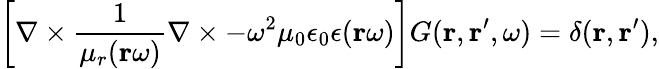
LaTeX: \left[\nabla\times\frac{1}{\mu_{r}(\mathbf{r}\omega)}\nabla\times-\omega^{2}\mu_{0}\epsilon_{0}\epsilon(\mathbf{r}\omega)\right]G(\mathbf{r},\mathbf{r}^{\prime},\omega)=\delta(\mathbf{r},\mathbf{r}^{\prime}),